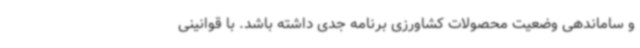
و ساماندهی وضعیت محصولات کشاورزی برنامه جدی داشته باشد. با قوانینی